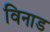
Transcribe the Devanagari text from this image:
विनाड